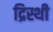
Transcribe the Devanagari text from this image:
द्रिस्थी